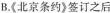
B.《北京条约》签订之后